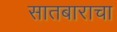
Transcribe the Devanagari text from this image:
सातबाराचा